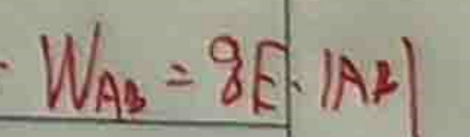
$W_{AB}=qE\cdot |AB|$